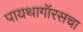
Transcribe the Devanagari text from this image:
पायथागॉरसचा